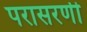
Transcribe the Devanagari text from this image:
परासरणी